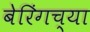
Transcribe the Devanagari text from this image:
बेरिंगच्या